Civil Veterinary Dept. Bombay admin report 1914-1922 - 1914-1922
Year: 1914
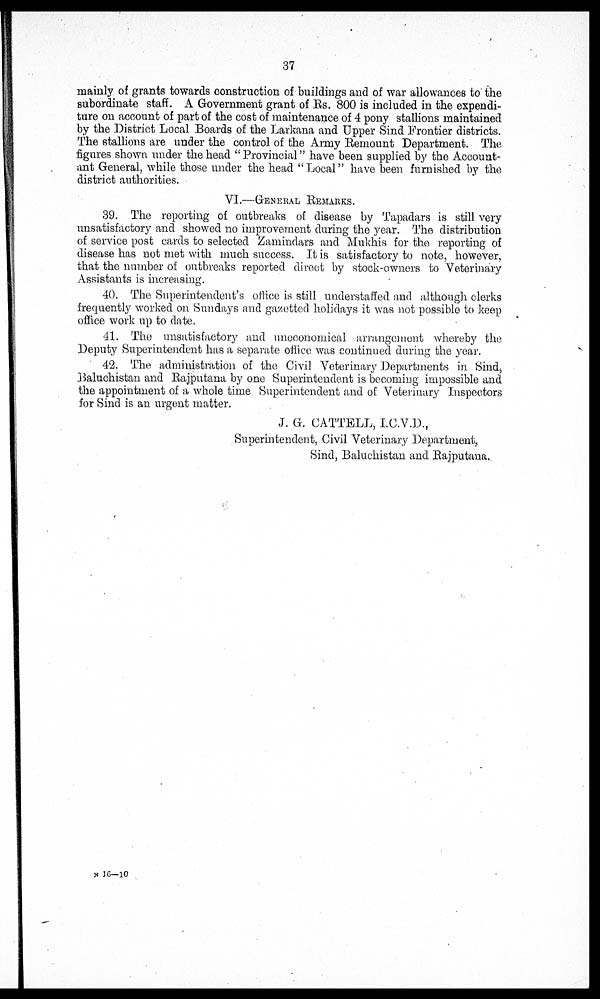
37
mainly of grants towards construction of buildings and of war allowances to the
subordinate staff. A Government grant of Rs. 800 is included in the expendi-
ture on account of part of the cost of maintenance of 4 pony stallions maintained
by the District Local Boards of the Larkana and Upper Sind Frontier districts.
The stallions are under the control of the Army Remount Department. The
figures shown under the head "Provincial" have been supplied by the Account-
ant General, while those under the head "Local" have been furnished by the
district authorities.
VI.—GENERAL REMARKS.
39. The reporting of outbreaks of disease by Tapadars is still very
unsatisfactory and showed no improvement during the year. The distribution
of service post cards to selected Zamindars and Mukhis for the reporting of
disease has not met with much success. It is satisfactory to note, however,
that the number of outbreaks reported direct by stock-owners to Veterinary
Assistants is increasing.
40. The Superintendent's office is still understaffed and although clerks
frequently worked on Sundays and gazetted holidays it was not possible to keep
office work up to date.
41. The unsatisfactory and uneconomical arrangement whereby the
Deputy Superintendent has a separate office was continued during the year.
42. The administration of the Civil Veterinary Departments in Sind,
Baluchistan and Rajputana by one Superintendent is becoming impossible and
the appointment of a whole time Superintendent and of Veterinary Inspectors
for Sind is an urgent matter.
J. G. CATTELL, I.C.V.D.,
Superintendent, Civil Veterinary Department,
Sind, Baluchistan and Rajputana.
N 16—10